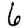
Digit: 6